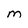
Character: m